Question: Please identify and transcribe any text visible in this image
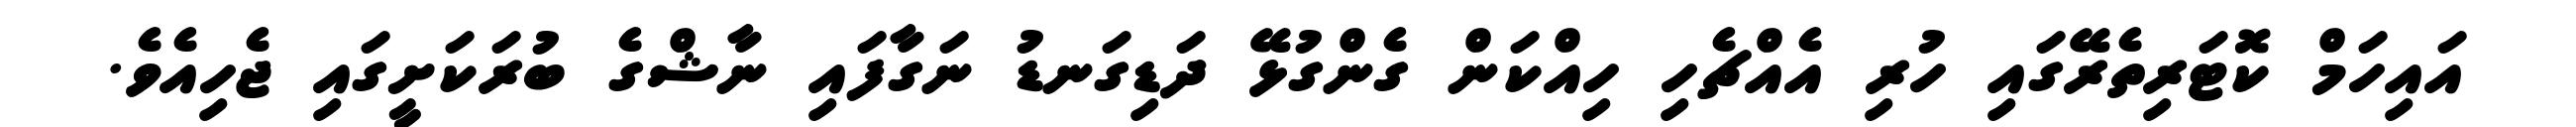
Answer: އައިހަމް ކޮޓަރިތެރޭގައި ހުރި އެއްޗެހި ހިއްކަން ގެންގުޅޭ ދަޑިގަނޑު ނަގާފައި ނާޝްގެ ބުރަކަށީގައި ޖެހިއެވެ.